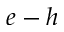
e - h